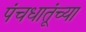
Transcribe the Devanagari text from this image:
पंचधातूंच्या